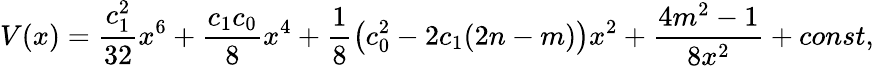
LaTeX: V(x)=\frac{c_{1}^{2}}{32}x^{6}+\frac{c_{1}c_{0}}8x^{4}+\frac 18\left(c_{0}^{2}-2c_{1}(2n-m)\right)x^{2}+\frac{4m^{2}-1}{8x^{2}}+const,